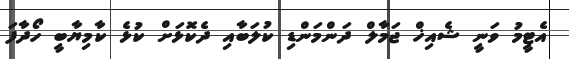
އެޓީމު ވަނީ ޝެއިޚް ޖަމާލް ދަންމަންޑި ކުލަބާއި ދެކޮޅަށް ކުޅެ ކާމިޔާބީ ހޯދާފަ